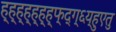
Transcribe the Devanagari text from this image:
ह्ह्ह्ह्ह्ह्ह्फ्द्ग्६य्हुएतु